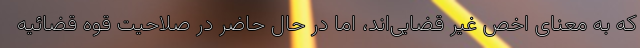
که به معنای اخص غیر قضایی‌اند، اما در حال حاضر در صلاحیت قوه قضائیه